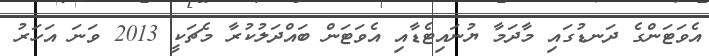
އެވަޓަންގެ ދަނޑުގައި މާދަމާ ޔުނައިޓެޑާއި އެވަޓަން ބައްދަލުކުރާ މެޗަކީ 2013 ވަނަ އަހަރު